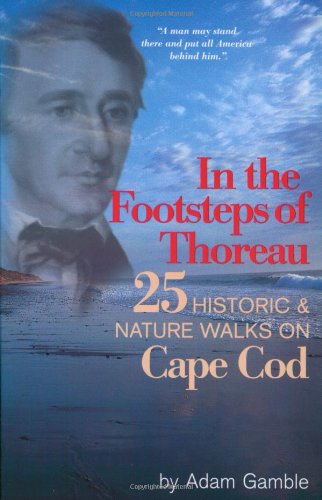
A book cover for In The Footsteps of Thoreau: 25 Historic & Nature Walks on Cape Cod; Adam Gamble; Travel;